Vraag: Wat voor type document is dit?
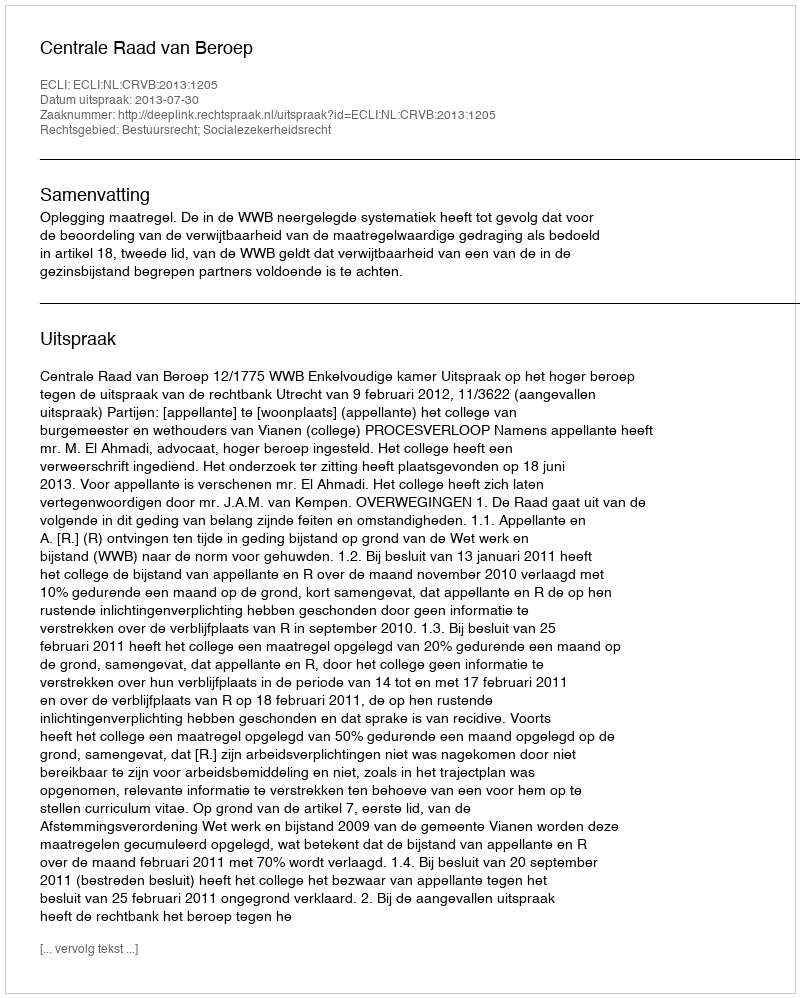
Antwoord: Uitspraak